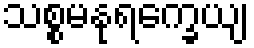
သစ္စမနုရက္ခေယျ